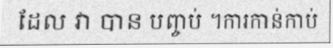
ដែល វា បាន បញ្ចប់ ។ការកាន់កាប់